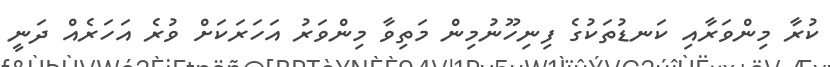
ކުރާ މިންވަރާއި ކަނޑުތަކުގެ ފިނިހޫނުމިން މަތިވާ މިންވަރު އަހަރަކަށް ވުރެ އަހަރެއް ދަނީ